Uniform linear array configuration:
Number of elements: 64
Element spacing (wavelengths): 1
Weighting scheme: hamming
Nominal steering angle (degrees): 30
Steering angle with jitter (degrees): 29.766
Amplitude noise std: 0.05
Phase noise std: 0.05

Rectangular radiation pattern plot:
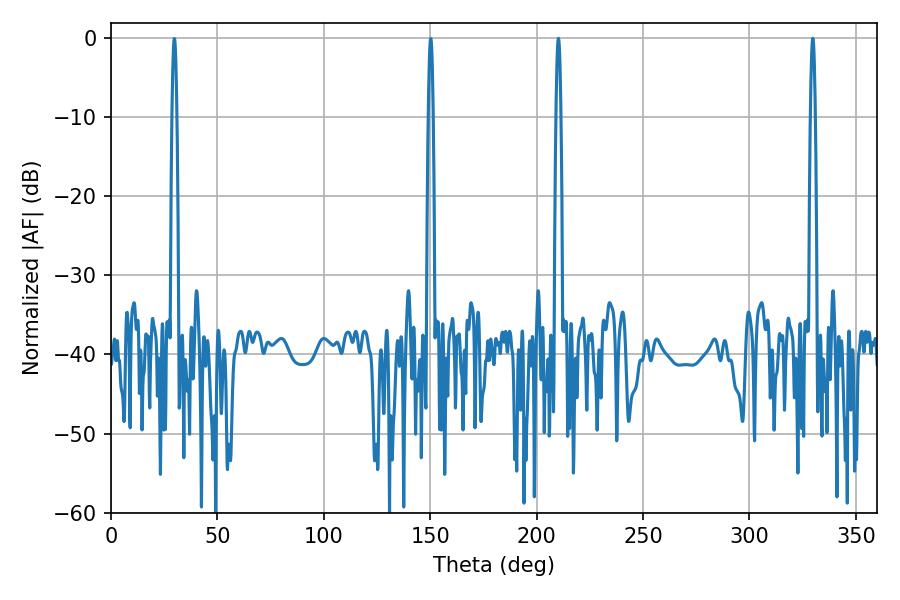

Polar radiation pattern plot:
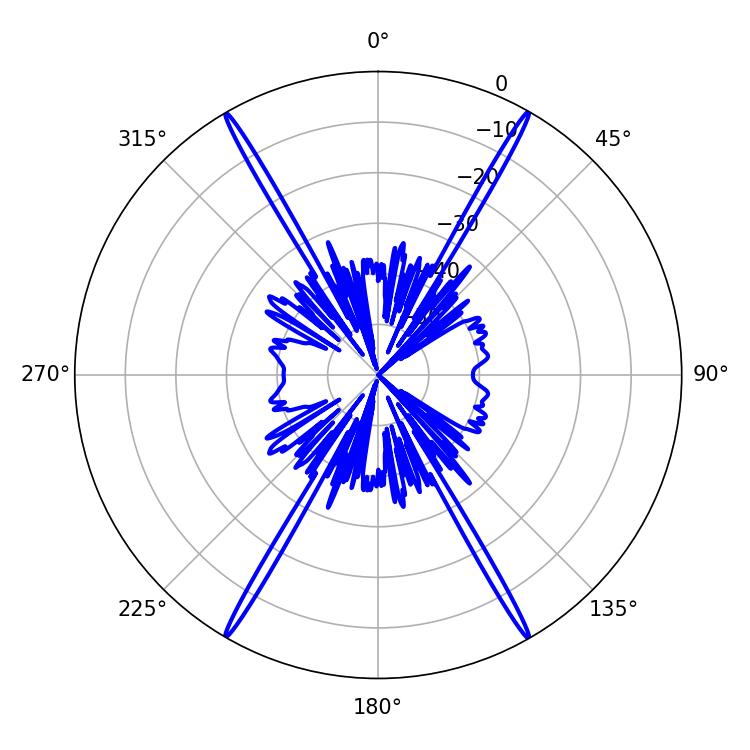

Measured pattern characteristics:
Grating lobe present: TRUE
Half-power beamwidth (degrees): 1.08
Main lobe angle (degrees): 210.24